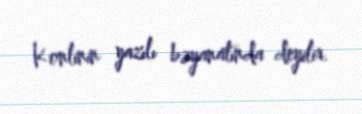
Konlinin yazılı bəyanatında deyilir.